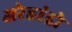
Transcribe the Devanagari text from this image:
अरेहांद्रो